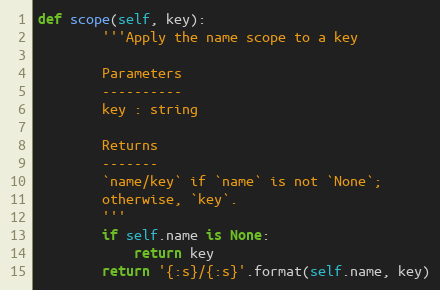
Language: Python
def scope(self, key):
        '''Apply the name scope to a key

        Parameters
        ----------
        key : string

        Returns
        -------
        `name/key` if `name` is not `None`;
        otherwise, `key`.
        '''
        if self.name is None:
            return key
        return '{:s}/{:s}'.format(self.name, key)